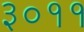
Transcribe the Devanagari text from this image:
३०११